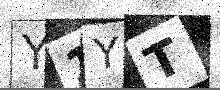
Text: Y1YT